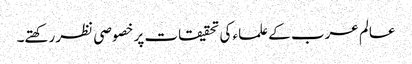
عالم عرب کے علماء کی تحقیقات پر خصوصی نظر رکھتے۔